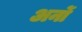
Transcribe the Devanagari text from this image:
अर्नो